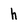
Character: h